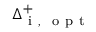
\Delta _ { \mathrm { ~ i ~ , ~ \mathrm { ~ o ~ p ~ t ~ } ~ } } ^ { + }